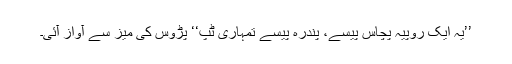
’’یہ ایک روپیہ پچاس پیسے، پندرہ پیسے تمہاری ٹپ‘‘ پڑوس کی میز سے آواز آئی۔